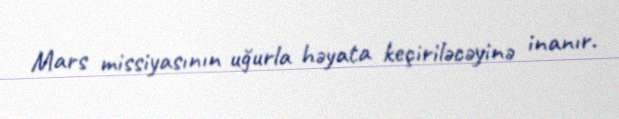
Mars missiyasının uğurla həyata keçiriləcəyinə inanır.